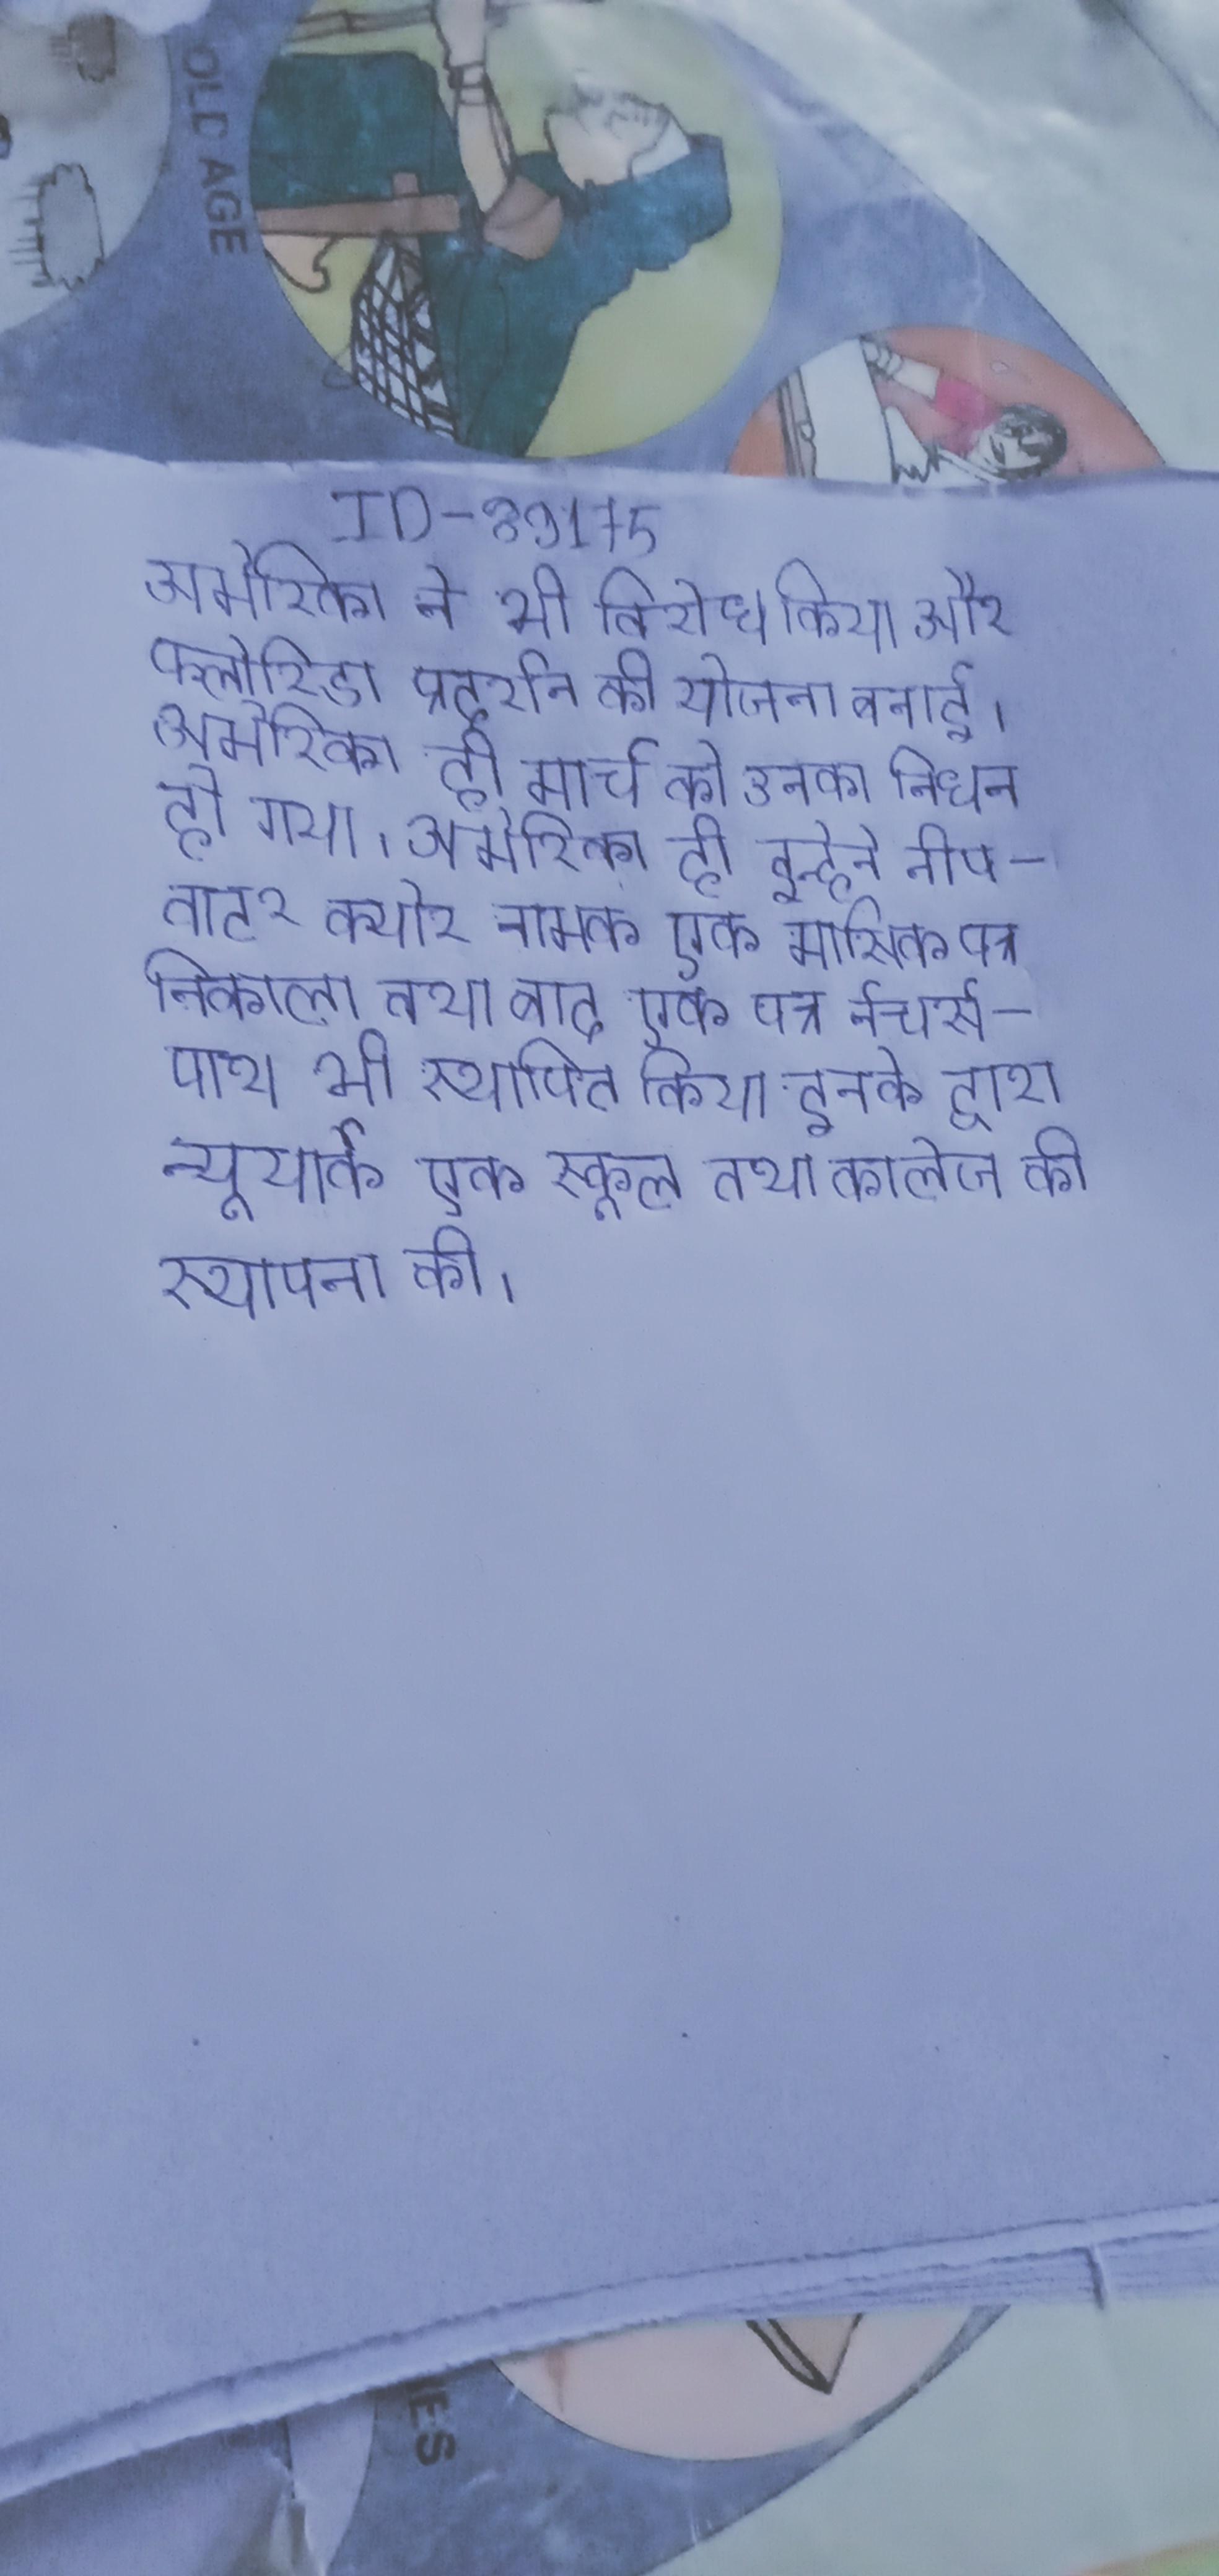
अमेरिका ने भी विरोध किया और फ्लोरिडा प्रदर्शन की योजना बनाई । अमेरिका ही मार्च को उनका निधन हो गया । अमेरिका ही इन्होने नीप-वाटर क्योर नामक एक मासिक पत्र निकाला तथा बाद एक पत्र नेचर्स-पाथ भी स्थापित किया इनके द्वारा न्यूयार्क एक स्कूल तथा कालेज की स्थापना की ।